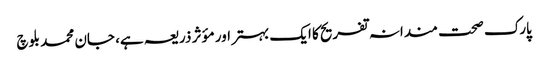
پارک صحت مندانہ تفریح کا ایک بہتر اور مؤثر ذریعہ ہے، جان محمد بلوچ